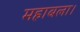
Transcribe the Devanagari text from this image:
महाबला।